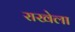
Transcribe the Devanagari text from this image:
राखेला